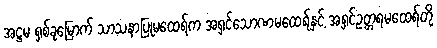
အဋ္ဌမ ရှစ်ခုမြောက် သာသနာပြုမထေရ်က အရှင်သောဏမထေရ်နှင့် အရှင်ဥတ္တရမထေရ်တို့